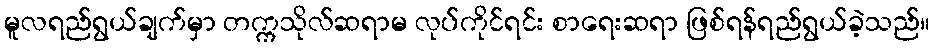
မူလရည်ရွယ်ချက်မှာ တက္ကသိုလ်ဆရာမ လုပ်ကိုင်ရင်း စာရေးဆရာ ဖြစ်ရန်ရည်ရွယ်ခဲ့သည်။